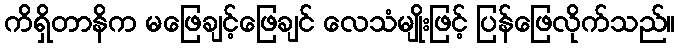
ကိရှိတာနိက မဖြေချင့်ဖြေချင် လေသံမျိုးဖြင့် ပြန်ဖြေလိုက်သည်။